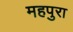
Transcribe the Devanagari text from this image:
महपुरा